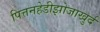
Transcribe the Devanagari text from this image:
पित्तनहेडीझोजाखुर्द